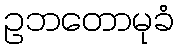
ဥဘတောမုခံ